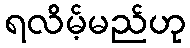
ရလိမ့်မည်ဟု